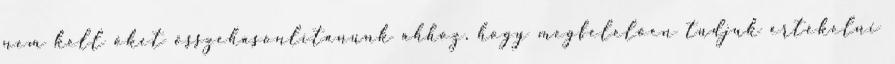
nem kell őket összehasonlítanunk ahhoz, hogy megfelelően tudjuk értékelni